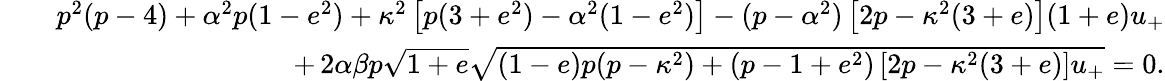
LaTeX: \begin{array}{rlr}&{}&{p^{2}(p-4)+\alpha^{2}p(1-e^{2})+\kappa^{2}\left[p(3+e^{2})-\alpha^{2}(1-e^{2})\right]-(p-\alpha^{2})\left[2p-\kappa^{2}(3+e)\right](1+e)u_{+}}\\ &{}&{\qquad+\, 2\alpha\beta p\sqrt{1+e}\sqrt{(1-e)p(p-\kappa^{2})+(p-1+e^{2})\left[2p-\kappa^{2}(3+e)\right]u_{+}}=0.}\end{array}